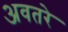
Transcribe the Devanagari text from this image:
अवतरे